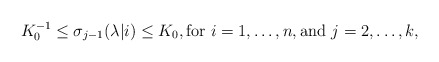
\begin{align*} K_0^{-1}\leq \sigma_{j-1}(\lambda|i)\leq K_0,\textrm{for } i=1,\ldots,n, \textrm{and } j=2,\ldots,k,\end{align*}